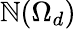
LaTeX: \mathbb{N}(\Omega_{d})